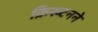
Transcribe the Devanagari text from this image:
क्रिख्टनने